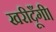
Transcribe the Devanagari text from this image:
खरीदूँगी।